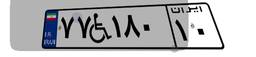
۷۷W۱۸۰۱۰